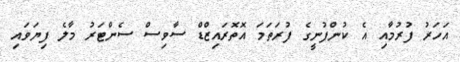
އަހަރު ފުރުމާއި އެ ކުންފުނީގެ ފުރަތަމަ އޮތޮރައިޒްޑް ސާވިސް ސެންޓަރު މާލެ ފިޔަވައި